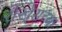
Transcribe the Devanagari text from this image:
रोखे्सच्या